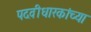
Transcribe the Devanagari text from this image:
पदवीधारकांच्या